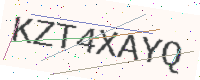
Text: KZT4XAYQ